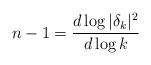
LaTeX: \begin{align*}n-1 = \frac{d \log |\delta_k|^2}{d \log k}\end{align*}